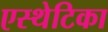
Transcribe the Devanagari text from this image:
एस्थेटिका